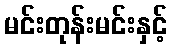
မင်းတုန်းမင်းနှင့်